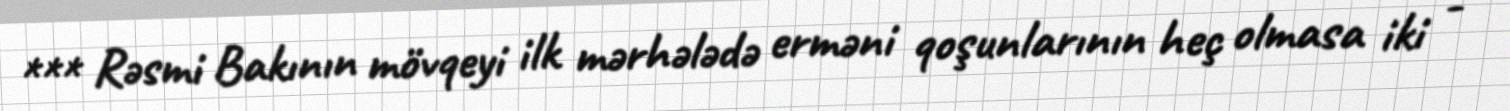
*** Rəsmi Bakının mövqeyi ilk mərhələdə erməni qoşunlarının heç olmasa iki -